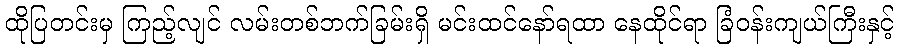
ထိုပြတင်းမှ ကြည့်လျင် လမ်းတစ်ဘက်ခြမ်းရှိ မင်းထင်နော်ရထာ နေထိုင်ရာ ခြံဝန်းကျယ်ကြီးနှင့်